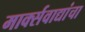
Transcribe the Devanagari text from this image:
मार्क्सवाद्यांचा